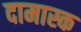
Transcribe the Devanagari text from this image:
दामास्क